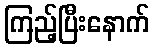
ကြည့်ပြီးနောက်